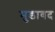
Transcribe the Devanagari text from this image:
मुडावद